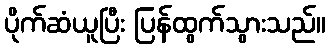
ပိုက်ဆံယူပြီး ပြန်ထွက်သွားသည်။